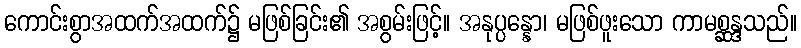
ကောင်းစွာအထက်အထက်၌ မဖြစ်ခြင်း၏ အစွမ်းဖြင့်။ အနုပ္ပန္နော၊ မဖြစ်ဖူးသော ကာမစ္ဆန္ဒသည်။